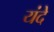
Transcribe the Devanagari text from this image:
यंदे